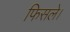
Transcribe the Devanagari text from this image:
फिसले।